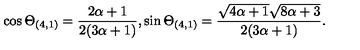
\cos \Theta _ { ( 4 , 1 ) } = \frac { 2 \alpha + 1 } { 2 ( 3 \alpha + 1 ) } , \sin \Theta _ { ( 4 , 1 ) } = \frac { \sqrt { 4 \alpha + 1 } \sqrt { 8 \alpha + 3 } } { 2 ( 3 \alpha + 1 ) } .